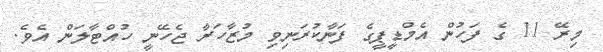
މިރޭ 11 ގެ ފަހުން އެމްޑީޕީގެ ފަނާކުރަނިވި މުޒާހަރާ ޖެހޭނީ ހުއްޓާލަން އެވެ.